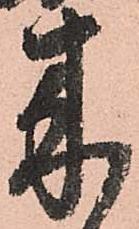
来